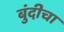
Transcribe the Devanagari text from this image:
बुंदीचा